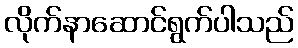
လိုက်နာဆောင်ရွက်ပါသည်